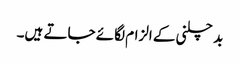
بد چلنی کے الزام لگائے جاتے ہیں۔